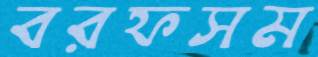
বরফসম